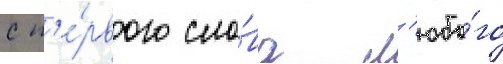
с п'е́рвого сло́ва л'юбо́го